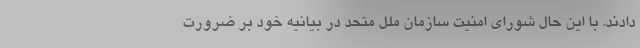
دادند. با این حال شورای امنیت سازمان ملل متحد در بیانیه خود بر ضرورت